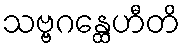
သဗ္ဗဂန္ထေဟီတိ